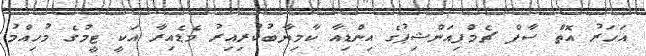
އަހަރު އޮތް ސާފް ޗެމްޕިއަންޝިޕުގެ އިންޑިއާ ކާމިޔާބުކުރިއިރު މެޑެއިރާ އަކީ ޓީމުގެ މުހިއްމު